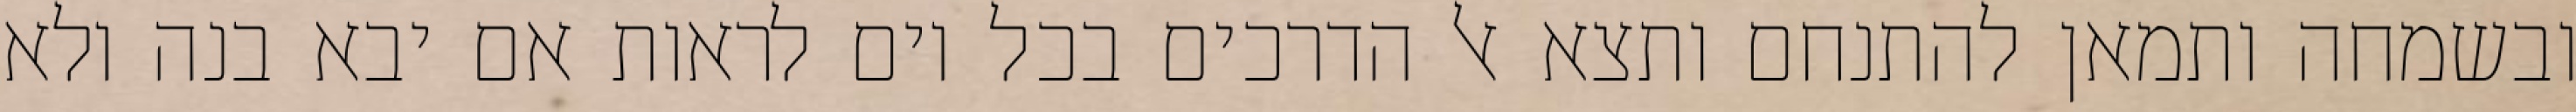
ובשמחה ותמאן להתנחם ותצא אל הדרכים בכל יום לראות אם יבא בנה ולא